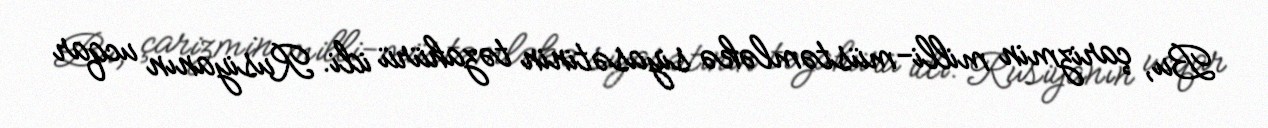
Bu, çarizmin milli-müstəmləkə siyasətinin təzahürü idi. Rusiyanın ucqar